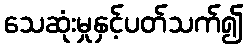
သေဆုံးမှုနှင့်ပတ်သက်၍